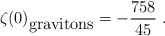
\begin{align*}\zeta(0)_{\mbox {gravitons}}=-{758\over 45} \; .\end{align*}